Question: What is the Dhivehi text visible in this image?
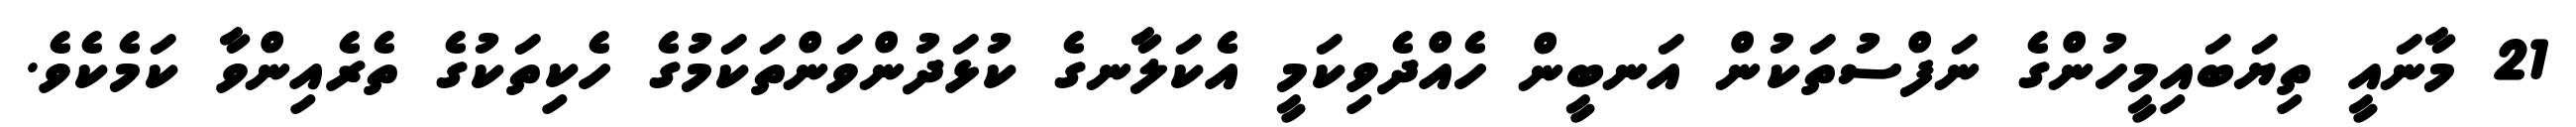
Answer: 21 މާނައީ ތިޔަބައިމީހުންގެ ނަފްސުތަކުން އަނބީން ހެއްދެވިކަމީ އެކަލާނގެ ކުޅަދުންވަންތަކަމުގެ ހެކިތަކުގެ ތެރެއިންވާ ކަމެކެވެ.